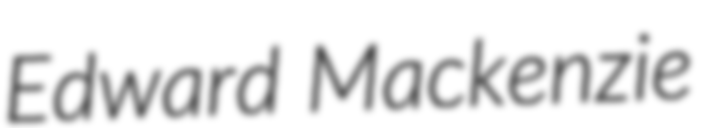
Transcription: Edward Mackenzie